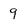
Character: 9